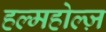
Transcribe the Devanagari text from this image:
हल्महोल्ज़